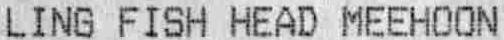
LING FISH HEAD MEEHOON